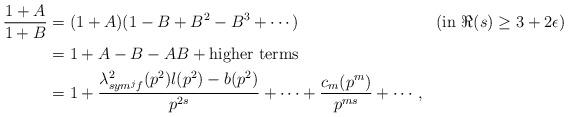
LaTeX: \begin{align*}\frac{1+A}{1+B}&=(1+A)(1-B+B^{2}-B^{3}+\cdots) &&(\mbox{in $\Re(s)\geq 3+2\epsilon$}) \\&=1+A-B-AB+ \mbox{higher terms} \\&=1+\frac{\lambda^{2}_{sym^{j}f}(p^{2})l(p^{2})-b(p^{2})}{p^{2s}}+\cdots+\frac{c_{m}(p^{m})}{p^{ms}}+\cdots,\end{align*}